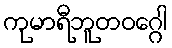
ကုမာရီဘူတဝဂ္ဂေါ